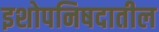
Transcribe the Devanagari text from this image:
इशोपनिषदातील